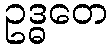
ဥဒ္ဓတေ